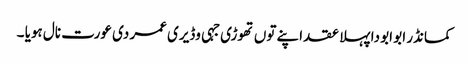
کمانڈر ابو ابو دا پہلا عقد اپنے توں تھوڑی جہی وڈیری عمر دی عورت نال ہویا ۔